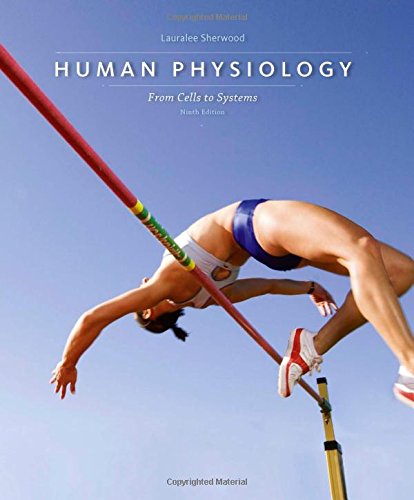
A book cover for Human Physiology: From Cells to Systems; Lauralee Sherwood; Science & Math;